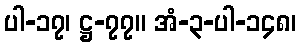
ပါ-၁၇၊ ဋ္ဌ-၇၇။ အံ-၃-ပါ-၁၄၈၊